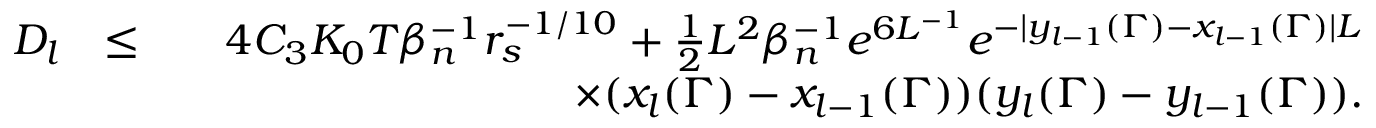
\begin{array} { r l r } { D _ { l } } & { \leq } & { 4 C _ { 3 } K _ { 0 } T \beta _ { n } ^ { - 1 } r _ { s } ^ { - 1 \slash 1 0 } + \frac { 1 } { 2 } L ^ { 2 } \beta _ { n } ^ { - 1 } e ^ { 6 L ^ { - 1 } } e ^ { - | y _ { l - 1 } ( \Gamma ) - x _ { l - 1 } ( \Gamma ) | L } } \\ & { } & { \quad \quad \quad \quad \quad \quad \quad \quad \quad \times ( x _ { l } ( \Gamma ) - x _ { l - 1 } ( \Gamma ) ) ( y _ { l } ( \Gamma ) - y _ { l - 1 } ( \Gamma ) ) . } \end{array}